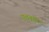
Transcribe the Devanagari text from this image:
एलबमें